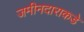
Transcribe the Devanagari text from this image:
जमीनदाराकडे